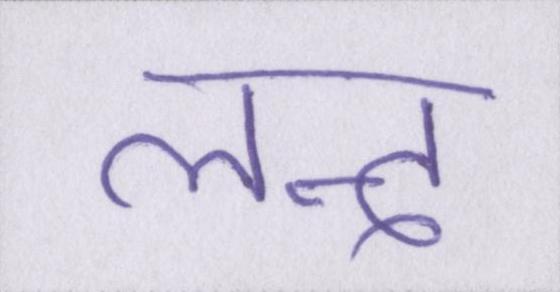
लन्द